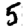
Digit: 5